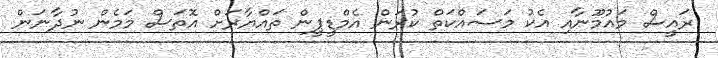
ރައީސް މައުމޫނާއި އެކު މަސައްކަތް ކުރަން އެމްޑީޕީން ތައްޔާރަށް އޮތަސް މަމެން ނުދާނަން